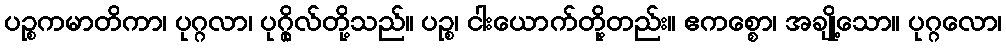
ပဉ္စကမာတိကာ၊ ပုဂ္ဂလာ၊ ပုဂ္ဂိုလ်တို့သည်။ ပဉ္စ၊ ငါးယောက်တို့တည်း။ ဧကစ္စော၊ အချို့သော။ ပုဂ္ဂလော၊